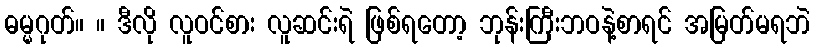
ဓမ္မဂုတ်။ ။ ဒီလို လူဝင်စား လူဆင်းရဲ ဖြစ်ရတော့ ဘုန်းကြီးဘဝနဲ့စာရင် အမြတ်မရဘဲ